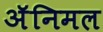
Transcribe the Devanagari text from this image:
अॅनिमल